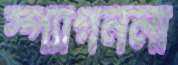
স্প্যাগনলা